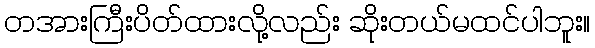
တအားကြီးပိတ်ထားလို့လည်း ဆိုးတယ်မထင်ပါဘူး။